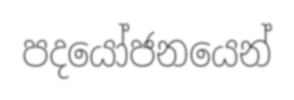
පදයෝජනයෙන්